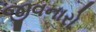
જીવનારો